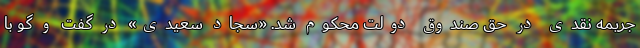
جریمه نقدی در حق صندوق دولت محکوم شد. «سجاد سعیدی» در گفت و گو با